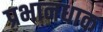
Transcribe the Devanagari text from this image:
प्रभानधाक